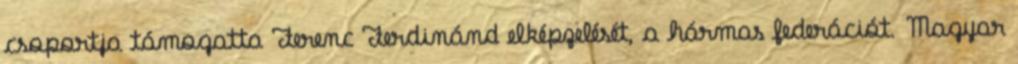
csoportja támogatta Ferenc Ferdinánd elképzelését, a hármas federációt. Magyar